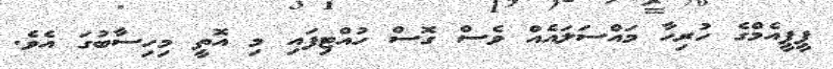
ޕީޕީއެމްގެ ހުރިހާ މައްސަލައެއް ވެސް ގޮސް ހުއްޓިފައި މި އޮތީ މިހިސާބުގަ އެވެ.